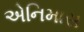
એનિમાસ